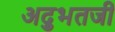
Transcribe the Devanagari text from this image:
अद्भुतजी